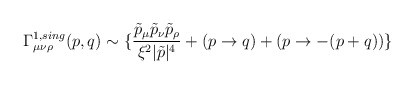
\begin{align*}\Gamma^{1, sing}_{\mu \nu \rho}(p,q) \sim \{ \frac{\tilde{p}_{\mu} \tilde{p}_{\nu} \tilde{p}_{\rho}}{\xi^2|\tilde{p}|^4}+ (p \rightarrow q)+(p \rightarrow -(p+q)) \} \end{align*}